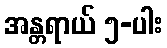
အန္တရာယ် ၅-ပါး